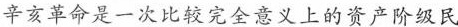
辛亥革命是一次比较完全意义上的资产阶级民